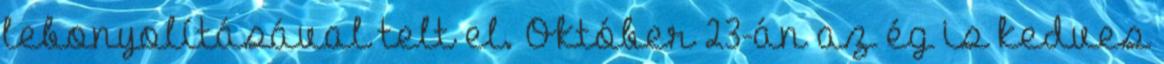
lebonyolításával telt el. Október 23-án az ég is kedves